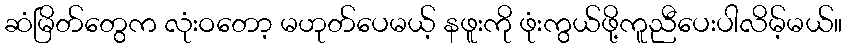
ဆံမြိတ်တွေက လုံးဝတော့ မဟုတ်ပေမယ့် နဖူးကို ဖုံးကွယ်ဖို့ကူညီပေးပါလိမ့်မယ်။